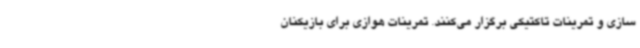
سازی و تمرینات تاکتیکی برگزار می‌کنند. تمرینات هوازی برای بازیکنان